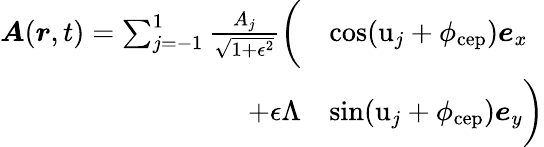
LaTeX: \begin{array}{rl}{\boldsymbol{A}(\boldsymbol{r},t)=\sum_{j=-1}^{1}\frac{A_{j}}{\sqrt{1+\epsilon^{2}}}\biggl(}&{\cos(\mathrm{u}_{j}+\phi_{\mathrm{cep}})\boldsymbol{e}_{x}}\\ {+\epsilon\Lambda}&{\sin(\mathrm{u}_{j}+\phi_{\mathrm{cep}})\boldsymbol{e}_{y}\biggr)}\end{array}